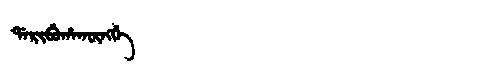
Manchu: ᡩᠠᡵᡳᠪᡠᡥᠠᡴᡡᠩᡤᡝ
Romanization: DARIBUHAKŪNGGE